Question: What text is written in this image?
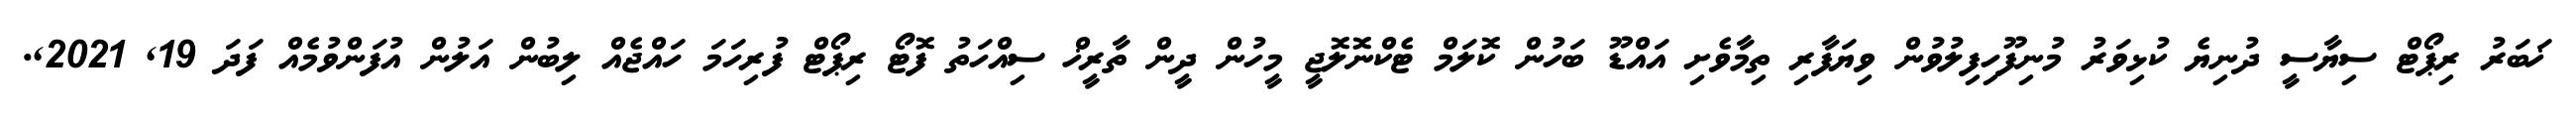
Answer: ޚަބަރު ރިޕޯޓް ސިޔާސީ ދުނިޔެ ކުޅިވަރު މުނިފޫހިފިލުވުން ވިޔަފާރި ތިމާވެށި އައްޑޫ ބަހުން ކޮލަމް ޓެކްނޮލޮޖީ މީހުން ދީން ތާރީޚް ސިއްހަތު ފޮޓޯ ރިޕޯޓް ފުރިހަމަ ހައްޖެއް ލިބުން އަލުން އުފަންވުމެއް ފަދަ 19, 2021,.